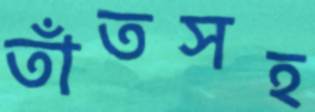
তাঁতসহ